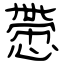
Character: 慸